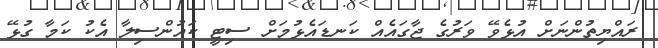
ރައްޔިތުންނަށް އުޅެވޭ ވަރުގެ ޖާގައެއް ކަނޑައެޅުމަށް ސިޓީ ކައުންސިލާ އެކު ކަމާ ގުޅޭ